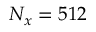
N _ { x } = 5 1 2